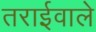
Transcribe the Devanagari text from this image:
तराईवाले